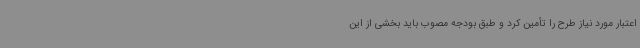
اعتبار مورد نیاز طرح را تأمین کرد و طبق بودجه مصوب باید بخشی از این